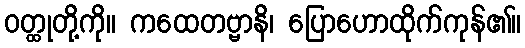
ဝတ္ထုတို့ကို။ ကထေတဗ္ဗာနိ၊ ပြောဟောထိုက်ကုန်၏။